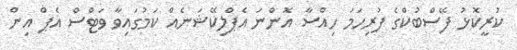
ކުރީކޮޅު ފޭސްބުކްގެ ފުރިހަމަ ހިއްސާ އޮންނަ އެޕްލިކޭޝަނެއް ކަމުގައިވާ ވަޓްސް އެޕް އިން